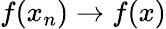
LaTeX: f(x_{n})\to f(x)